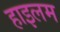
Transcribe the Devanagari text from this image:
हाइलम